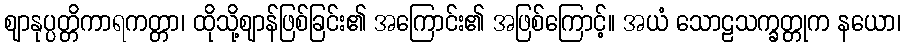
ဈာနုပ္ပတ္တိကာရကတ္တာ၊ ထိုသို့ဈာန်ဖြစ်ခြင်း၏ အကြောင်း၏ အဖြစ်ကြောင့်။ အယံ သောဠသက္ခတ္တုက နယော၊